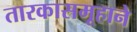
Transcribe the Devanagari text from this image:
तारकासमूहाने